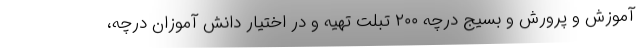
آموزش و پرورش و بسیج درچه ۲۰۰ تبلت تهیه و در اختیار دانش آموزان درچه،